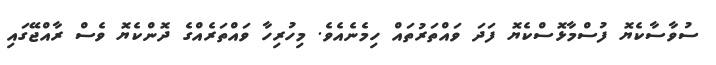
ސުވާސާކެޔޮ ފުސްމާޅޮސްކެޔޮ ފަދަ ވައްތަރުތައް ހިމެނެއެވެ. މިހުރިހާ ވައްތަރެއްގެ ދޮންކެޔޮ ވެސް ރާއްޖޭގައި